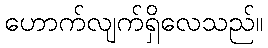
ဟောက်လျက်ရှိလေသည်။